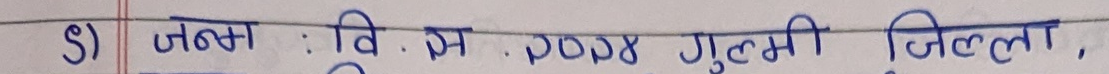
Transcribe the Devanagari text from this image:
ड) जन्म : वि. सं. २०२४ गुल्मी जिल्ला,